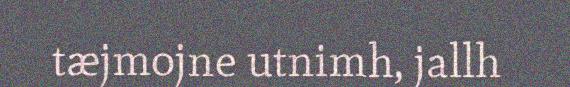
tæjmojne utnimh, jallh